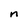
Character: n